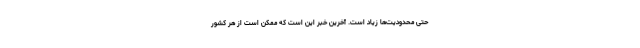
حتی محدودیت‌ها زیاد است. آخرین خبر این است که ممکن است از هر کشور